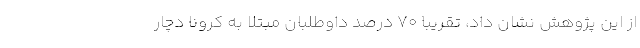
از این پژوهش نشان داد، تقریباً ۷۰ درصد داوطلبان مبتلا به کرونا دچار